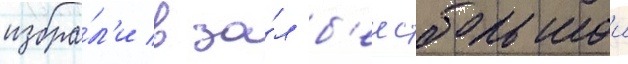
избра́л'и в за́л б'еисбольнои